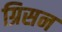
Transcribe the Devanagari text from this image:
ग्रिसन